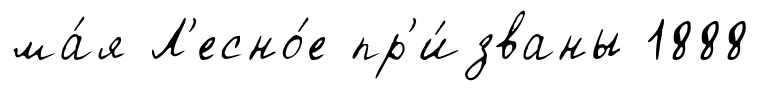
ма́я Л'есно́е пр'и́званы 1888